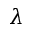
\lambda